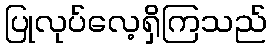
ပြုလုပ်လေ့ရှိကြသည်